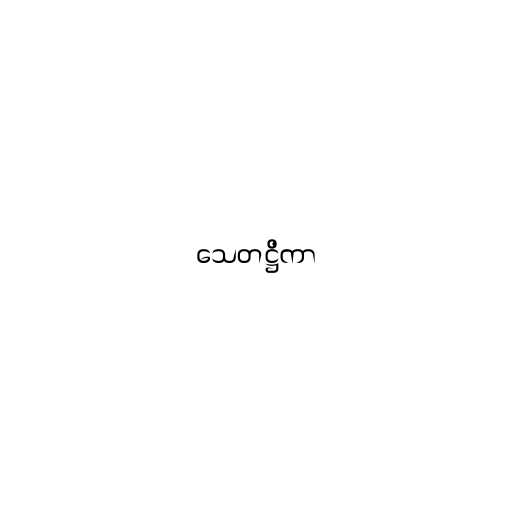
သေတဋ္ဌိကာ